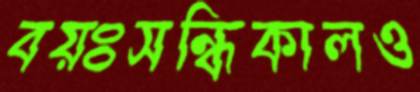
বয়ঃসন্ধিকালও